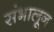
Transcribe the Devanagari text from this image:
संभालून